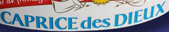
CAPRICE des DIEUX